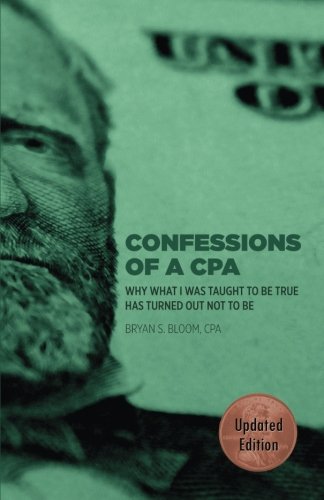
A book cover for Confessions of a CPA: Why What I Was Taught To Be True Has Turned Out Not To Be; Bryan S Bloom CPA; Business & Money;